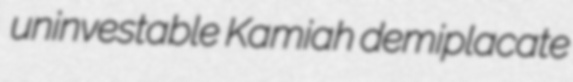
uninvestable Kamiah demiplacate